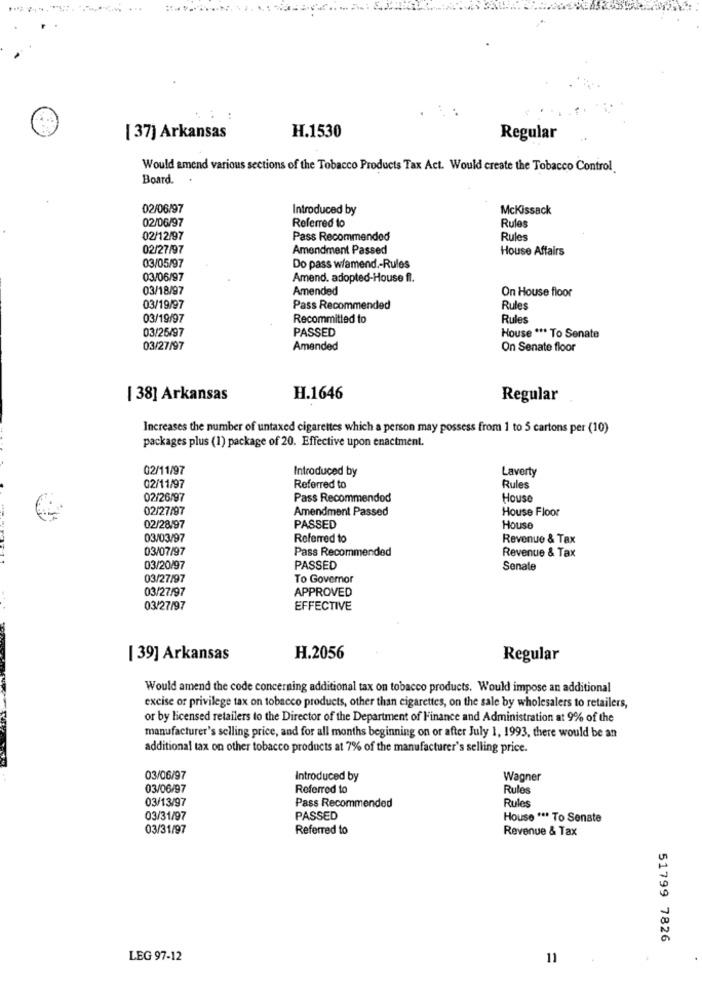
[ 37] Arkansas
H.1530
Regular
Would amend various sections of the Tobacco Products Tax Act. Would create the Tobacco Control
Board.
02/06/97
Introduced by
Mckissack
02/06/97
Referred to
Rules
02/12/97
Pass Recommended
Rules
02/27/97
Amendment Passed
House Affairs
03/05/97
Do pass w/amend .- Rules
03/06/97
Amend. adopted-House fi.
03/18/97
Amended
On House floor
03/19/97
Pass Recommended
Rules
03/19/97
Recommitted to
Rules
03/25/97
PASSED
House *** To Senate
03/27/97
Amended
On Senate floor
[ 38] Arkansas
H.1646
Regular
Increases the number of untaxed cigarettes which a person may possess from 1 to 5 cartons per (10)
packages plus (1) package of 20. Effective upon enactment.
02/11/97
Introduced by
Laverty
02/11/97
Referred to
Rules
02/26/97
Pass Recommended
House
02/27/97
Amendment Passed
House Floor
02/28/97
PASSED
House
03/03/97
Referred to
Revenue & Tax
03/07/97
Pass Recommended
Revenue & Tax
03/20/97
PASSED
Senate
03/27/97
To Governor
03/27/97
APPROVED
03/27/97
EFFECTIVE
[ 39] Arkansas
H.2056
Regular
Would amend the code concerning additional tax on tobacco products. Would impose an additional
excise or privilege tax on tobacco products, other than cigarettes, on the sale by wholesalers to retailers,
or by licensed retailers to the Director of the Department of Finance and Administration at 9% of the
manufacturer's selling price, and for all months beginning on or after July 1, 1993, there would be an
additional tax on other tobacco products at 7% of the manufacturer's selling price.
03/06/97
Introduced by
Wagner
03/06/97
Referred to
Rules
03/13/97
Pass Recommended
Rules
03/31/97
PASSED
House *** To Senate
03/31/97
Referred to
Revenue & Tax
51799 7826
LEG 97-12
11